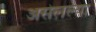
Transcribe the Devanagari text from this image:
असेलल्या